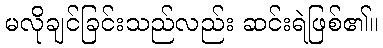
မလိုချင်ခြင်းသည်လည်း ဆင်းရဲဖြစ်၏။